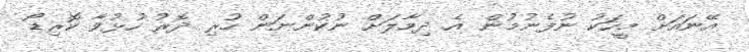
އޭނައަށް މީހަކު ނުފެނުމުން އެ ދިމާލަށް ނުކުންނަން ހުރި ދޮރު ހުޅުވާ ކޮރިޑޯ